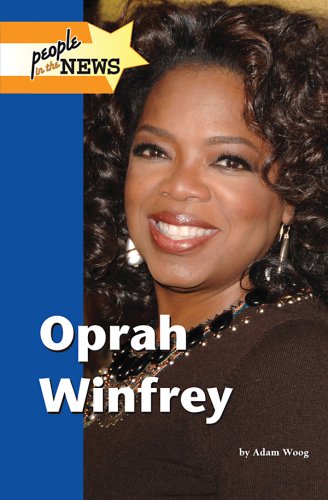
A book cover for Oprah Winfrey (People in the News); Adam Woog; Teen & Young Adult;